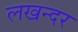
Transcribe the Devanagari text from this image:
लखन्दर